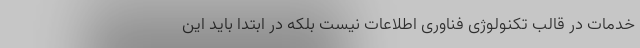
خدمات در قالب تکنولوژی فناوری اطلاعات نیست بلکه در ابتدا باید این